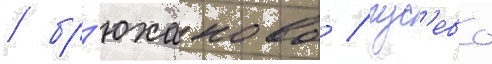
/ бр'юханово / гус'ево